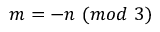
m = - n \ ( m o d \ 3 )